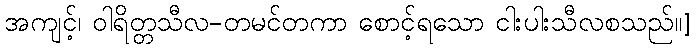
အကျင့်၊ ဝါရိတ္တသီလ-တမင်တကာ စောင့်ရသော ငါးပါးသီလစသည်။]